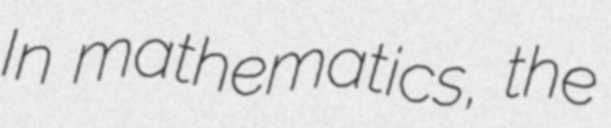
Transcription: In mathematics, the